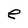
Character: e